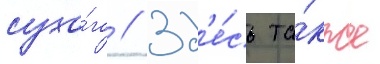
сухо́го // Зд'е́сь та́кже